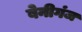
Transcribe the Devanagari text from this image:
बेनीगंज